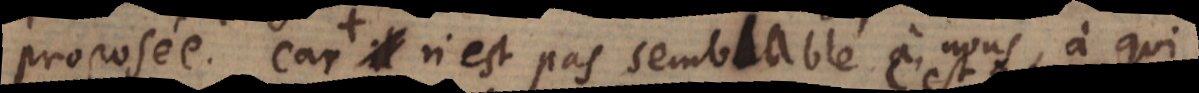
proposée. Car il n’est pas semblable à nous, à qui